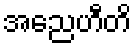
အညေဟီတိ